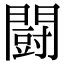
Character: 闘